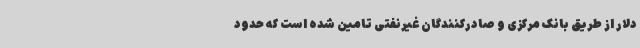
دلار از طریق بانک مرکزی و صادرکنندگان غیرنفتی تامین شده است که حدود